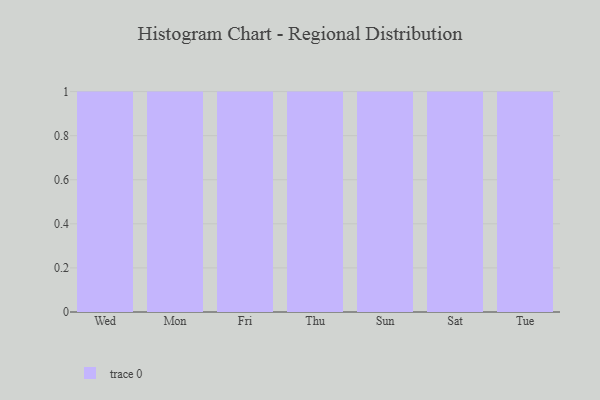
{"axis": {"x": "Day", "y": "Website Visitors"}, "legend": [""], "data": [{"x": "Wed", "y": 16, "type": ""}, {"x": "Mon", "y": 62, "type": ""}, {"x": "Fri", "y": 50, "type": ""}, {"x": "Thu", "y": 8, "type": ""}, {"x": "Sun", "y": 76, "type": ""}, {"x": "Sat", "y": 70, "type": ""}, {"x": "Tue", "y": 61, "type": ""}]}